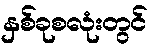
နှစ်ခုစလုံးတွင်